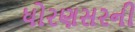
ધોરણસરની